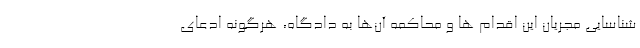
شناسایی مجریان این اقدام ها و محاکمه آن‌ها به دادگاه، هرگونه ادعای